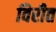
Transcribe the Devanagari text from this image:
विरीत